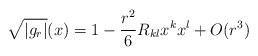
\begin{align*} \sqrt{|g_r|}(x) = 1-\frac{r^2}{6}R_{kl} x^kx^l +O(r^3) \end{align*}